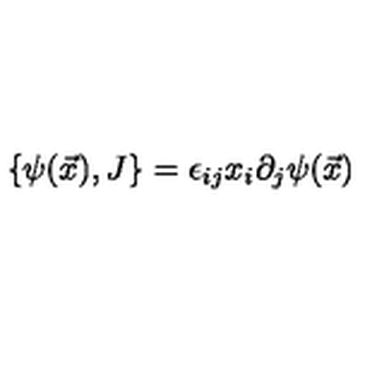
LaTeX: \{ \psi ( \vec { x } ) , J \} = \epsilon _ { i j } x _ { i } \partial _ { j } \psi ( \vec { x } )